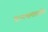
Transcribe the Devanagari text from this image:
सत्यभामाबाईंचा